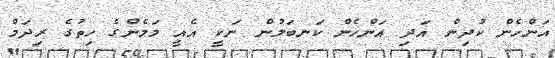
އަންހެން ކުދިން އަދި އަންހެން ކަނބަލުން ނަކީ އެއީ މަމެންގެ ހިތުގެ ރިދަމް